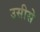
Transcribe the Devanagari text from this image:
उसीसे